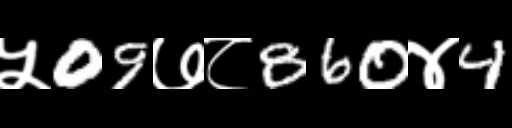
Text: ५09७८860४4